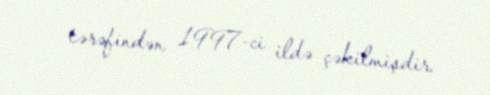
tərəfindən 1997-ci ildə çəkilmişdir.